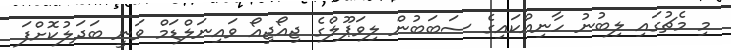
މި މެޗުގައި ލިބުނު ހާނިއްކައިގެ ސަބަބުން ލިވަޕޫލްގެ ޖިއޯޖިއޯ ވައިނަލްޑަމް ވަނީ ބަދަލުކޮށްފަ